Report on plague and inoculation in the Punjab from October 1st ... to September 30th..., being the ... season of plague in the province
Disease focus: Plague
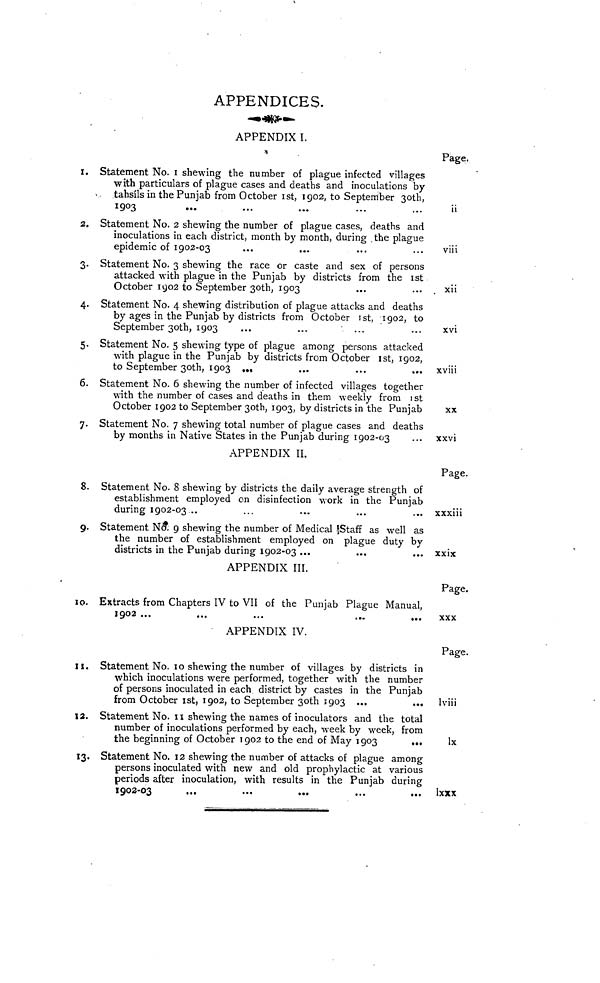
APPENDICES.
APPENDIX I.
I.
2.
3.
4.
5.
6.
7.
8.
9.
10.
11.
12.
13.
Statement No. I shewing the number of plague infected villages
with particulars of plague cases and deaths and inoculations by
tahsils in the Punjab from October 1st, 1902, to September 30th,
1903
Statement No. 2 shewing the number of plague cases, deaths and
inoculations in each district, month by month, during the plague
epidemic of 1902-03
Statement No. 3 shewing the race or caste and sex of persons
attacked with plague in the Punjab by districts from the 1st
October 1902 to September 30th, 1903
Statement No. 4 shewing distribution of plague attacks and deaths
by ages in the Punjab by districts from October 1st, 1902, to
September 30th, 1903
...
...
• ...
Statement No. 5 shewing type of plague among persons attacked
with plague in the Punjab by districts from October 1st, 1902,
to September 30th, 1903 ...
Statement No. 6 shewing the number of infected villages together
with the number of cases and deaths in them weekly from 1st
October 1902 to September 30th, 1903, by districts in the Punjab
Statement No. 7 shewing total number of plague cases and deaths
by months in Native States in the Punjab during 1902-03
APPENDIX II.
Statement No. 8 shewing by districts the daily average strength of
establishment employed on disinfection work in the Punjab
during 1902-03 ..
Statement No. 9 shewing the number of Medical Staff as well as
the number of establishment employed on plague duty by
districts in the Punjab during 1902-03 ...
...
...
APPENDIX III.
Extracts from Chapters IV to VII of the Punjab Plague Manual,
1902 ...
APPENDIX IV.
Statement No. 10 shewing the number of villages by districts in
which inoculations were performed, together with the number
of persons inoculated in each district by castes in the Punjab
from October 1st, 1902, to September 30th 1903 ...
Statement No. 11 shewing the names of inoculators and the total
number of inoculations performed by each, week by week, from
the beginning of October 1902 to the end of May 1903
...
Statement No. 12 shewing the number of attacks of plague among
persons inoculated with new and old prophylactic at various
periods after inoculation, with results in the Punjab during
1902-03
...
...
...
...
...
Page.
ii
viii
xii
xvi
xviii
XX
xxvi
Page.
xxxiii
xxix
Page
XXX
Page.
lviii
lx
lxxx